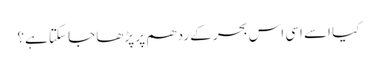
کیا اسے اسی اس بحر کے ردھم پر پڑھا جا سکتا ہے؟